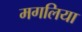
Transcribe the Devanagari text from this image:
मगलिया